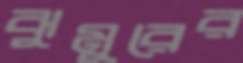
ঝুমুরের